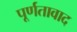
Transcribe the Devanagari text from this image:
पूर्णतावाद